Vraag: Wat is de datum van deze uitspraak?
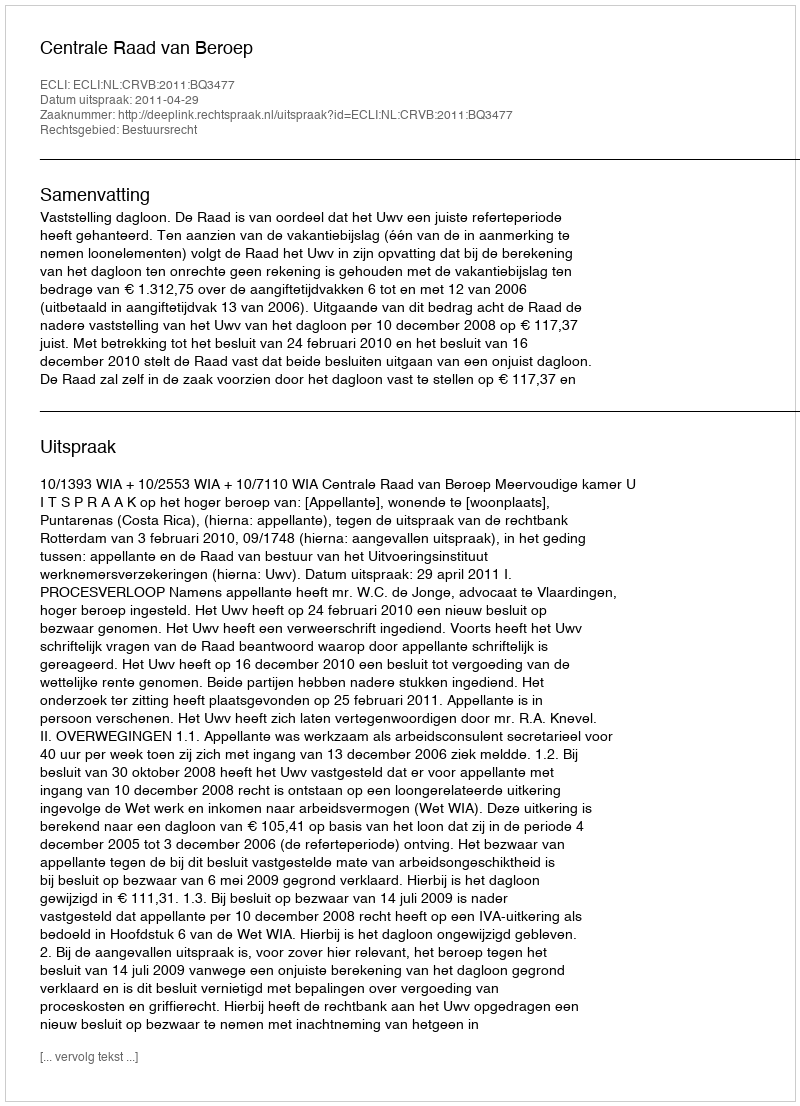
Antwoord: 2011-04-29